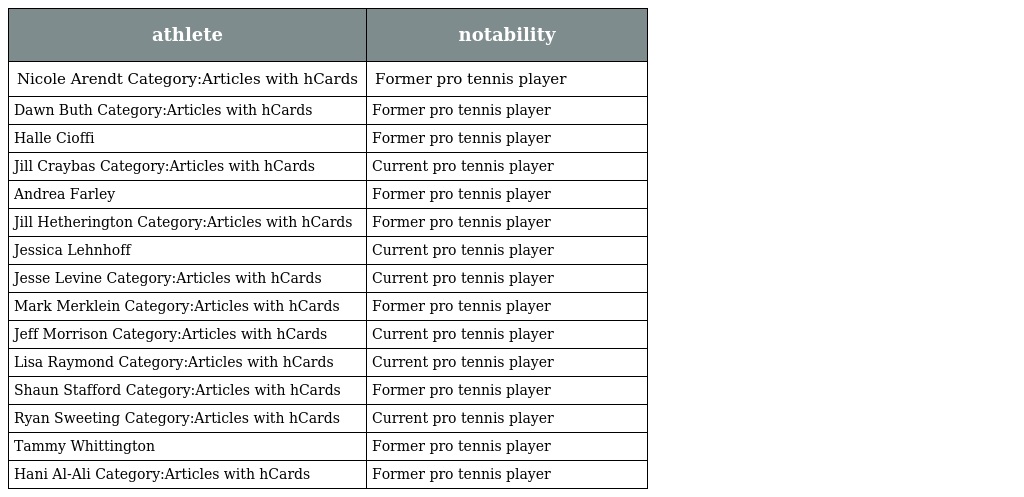
| athlete | notability |
 | --- | --- |
 | Nicole Arendt Category:Articles with hCards | Former pro tennis player |
 | Dawn Buth Category:Articles with hCards | Former pro tennis player |
 | Halle Cioffi | Former pro tennis player |
 | Jill Craybas Category:Articles with hCards | Current pro tennis player |
 | Andrea Farley | Former pro tennis player |
 | Jill Hetherington Category:Articles with hCards | Former pro tennis player |
 | Jessica Lehnhoff | Current pro tennis player |
 | Jesse Levine Category:Articles with hCards | Current pro tennis player |
 | Mark Merklein Category:Articles with hCards | Former pro tennis player |
 | Jeff Morrison Category:Articles with hCards | Current pro tennis player |
 | Lisa Raymond Category:Articles with hCards | Current pro tennis player |
 | Shaun Stafford Category:Articles with hCards | Former pro tennis player |
 | Ryan Sweeting Category:Articles with hCards | Current pro tennis player |
 | Tammy Whittington | Former pro tennis player |
 | Hani Al-Ali Category:Articles with hCards | Former pro tennis player |